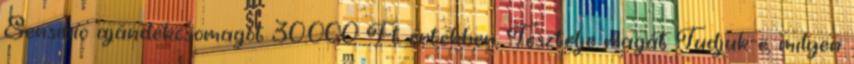
Sensibio ajándékcsomagot 30.000 Ft értékben. Tesztelje magát Tudjuk-e, milyen